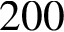
2 0 0